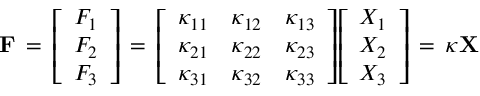
\mathbf { F } \, = \, { \left[ \begin{array} { l } { F _ { 1 } } \\ { F _ { 2 } } \\ { F _ { 3 } } \end{array} \right] } \, = \, { \left[ \begin{array} { l l l } { \kappa _ { 1 1 } } & { \kappa _ { 1 2 } } & { \kappa _ { 1 3 } } \\ { \kappa _ { 2 1 } } & { \kappa _ { 2 2 } } & { \kappa _ { 2 3 } } \\ { \kappa _ { 3 1 } } & { \kappa _ { 3 2 } } & { \kappa _ { 3 3 } } \end{array} \right] } { \left[ \begin{array} { l } { X _ { 1 } } \\ { X _ { 2 } } \\ { X _ { 3 } } \end{array} \right] } \, = \, { \boldsymbol { \kappa } } \mathbf { X }